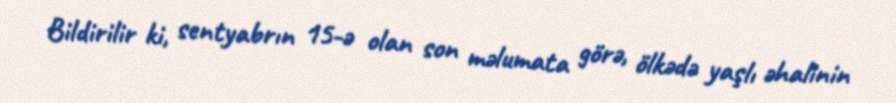
Bildirilir ki, sentyabrın 15-ə olan son məlumata görə, ölkədə yaşlı əhalinin